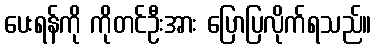
ပေးရန်ကို ကိုတင်ဦးအား ပြောပြလိုက်ရသည်။